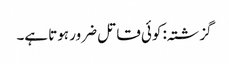
گزشتہ: کوئی قاتل ضرور ہوتا ہے۔